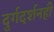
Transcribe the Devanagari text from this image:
दुर्गदर्शनही